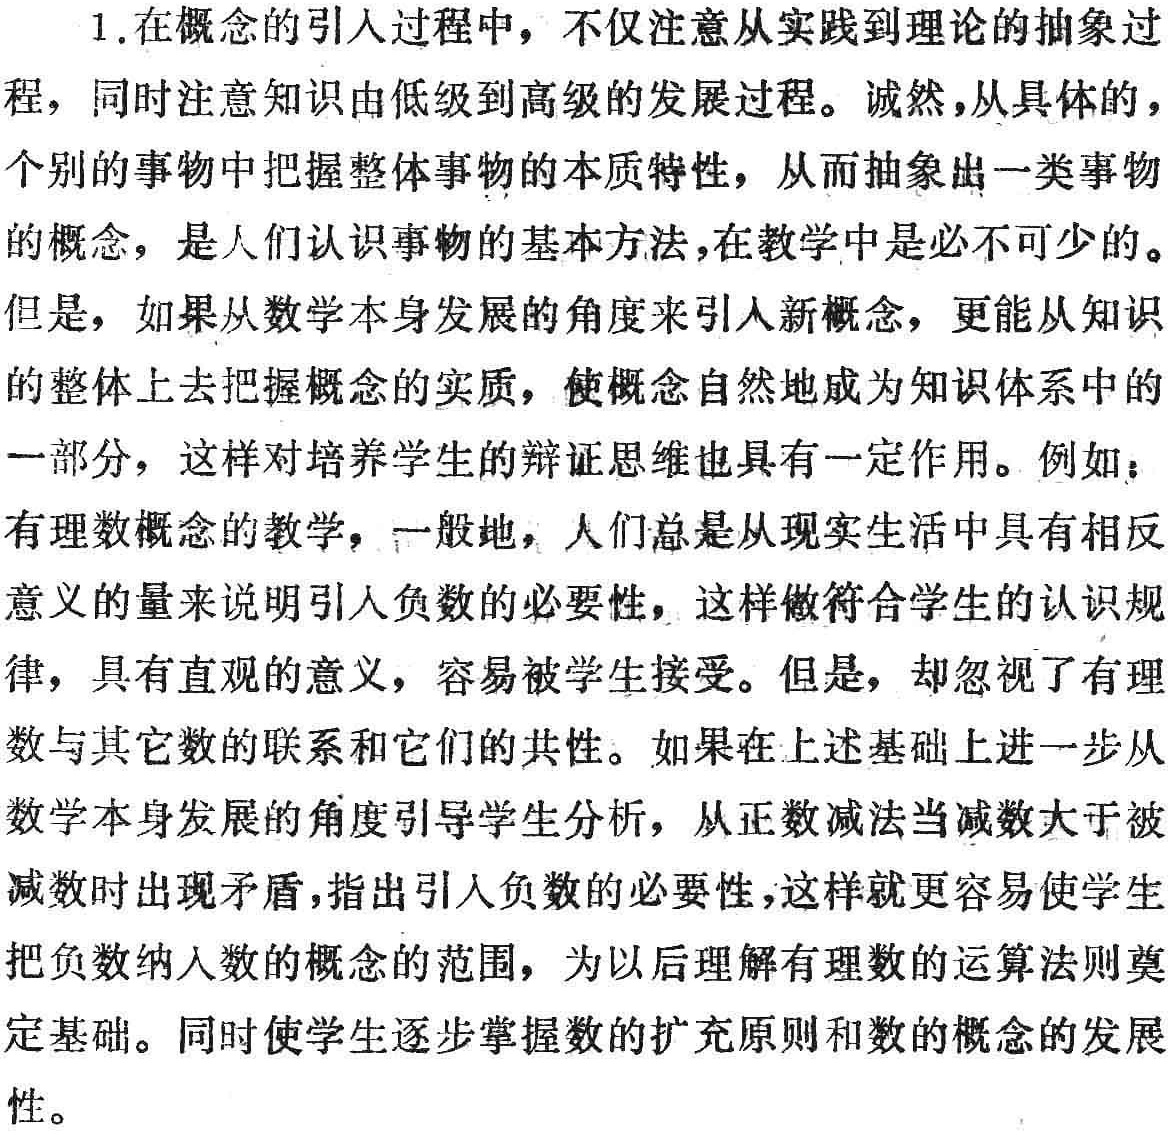
1.在概念的引人过程中，不仅注意从实践到理论的抽象过
程，同时注意知识由低级到高级的发展过程。诚然，从具体的，
个别的事物中把握整体事物的本质特性，从而抽象出一类事物
的概念，是人们认识事物的基本方法，在教学中是必不可少的。
但是，如果从数学本身发展的角度来引人新概念，更能从知识的
整体上去把握概念的实质，使概念自然地成为知识体系中的
一部分，这样对培养学生的辩证思维也具有一定作用。例如：
有理数概念的教学，一般地，人们总是从现实生活中具有相反
意义的量来说明引人负数的必要性，这样做符合学生的认识规
律，具有直观的意义，容易被学生接受。但是，却忽视了有理
数与其它数的联系和它们的共性。如果在上述基础上进一步从
数学本身发展的角度引导学生分析，从正数减法当减数大于被
减数时出现矛盾，指出引人负数的必要性，这样就更容易使学生
把负数纳入数的概念的范围，为以后理解有理数的运算法则奠
定基础。同时使学生逐步掌握数的扩充原则和数的概念的发展
性。